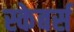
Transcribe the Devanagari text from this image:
स्केबर्स